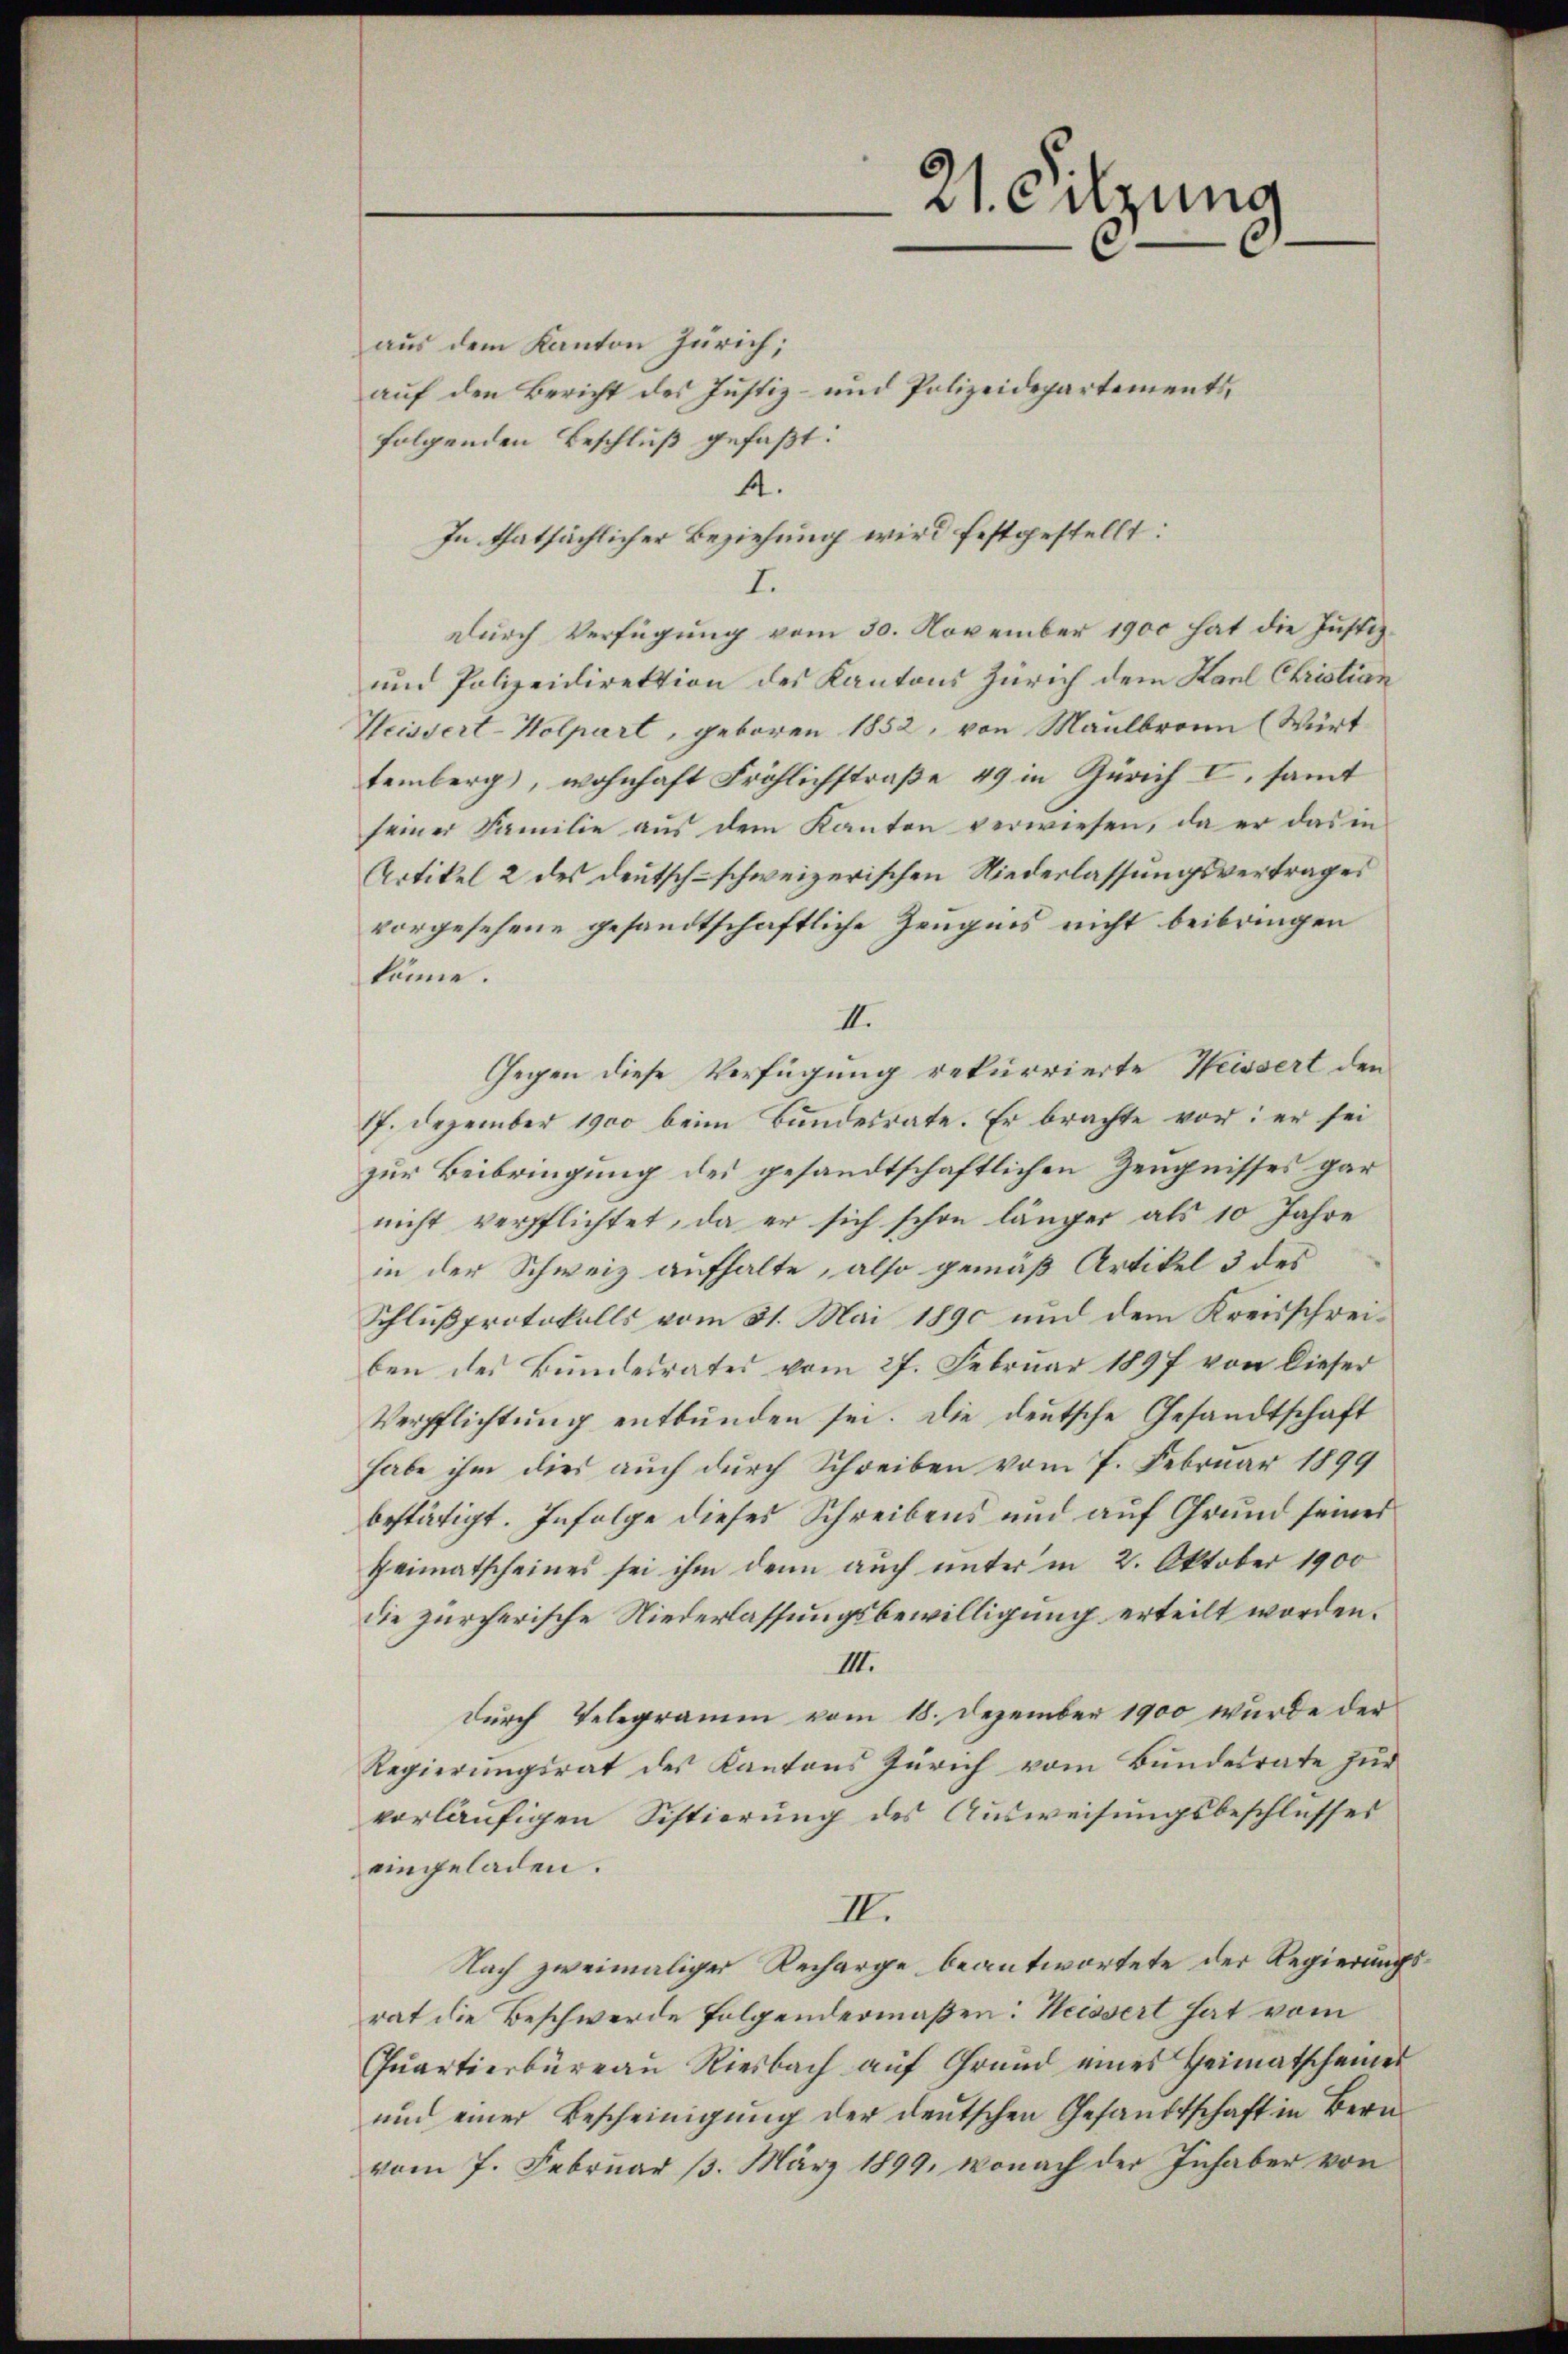
21. Sitzung

aus dem Kanton Zürich;
auf den Bericht des Justiz- und Polizeidepartements,
folgenden Beschluß gefaßt:
4.
In thatsächlicher Beziehung wird festgestellt:
I.
durch Verfügung vom 30. November 1900 hat die Justiz¬
und Polizeidirektion des Kantons Zürich dem Karl Christian
Weissert-Kolpart, geboren 1852, von Maulbronn (Wirt
temberg, wohnhaft Fröhlichstraße 49 in Zürich I. samt
seiner Familie aŭs dem Kanton verwiesen, da er das in
Artikel 2 des deutsch-schweizerischen Niederlassungsvertrages
vorgesehene gesandtschaftliche Zeugnis nicht beibringen
könne.
III.
Gegen diese Verfügung rekurrierte Weissert den
17. Dezember 1900 beim Bundesrate. Er brachte vor: er sei
zur Beibringung des gesandtschaftlichen Zeugnisses gar
nicht verpflichtet, da er sich schon länger als 10 Jahre
in der Schweiz aufhalte, also gemäß Artikel 3 des
Schlußprotokolls vom 31. Mai 1890 und dem Kreisschreiben des Bundesrates vom 27. Februar 1897 von dieser
Verpflichtung entbunden sei. Die deutsche Gesandtschaft
habe ihm dies auch durch Schreiben vom 7. Februar 1899
bestätigt. Infolge dieses Schreibens und auf Grund seines
Heimatscheines sei ihm denn auch unter in 2. Oktober 1900
die zürcherische Niederlassungsbewilligung erteilt worden.
IIII.
durch Telegramm vom 18. Dezember 1900 wurde der
Regierŭngsrat des Kantons Zürich vom Bundesrate zŭr
vorläufigen Sistierung des Ausweisungsbeschlusses
eingeladen.
II.
Nach zweimaliger Recharge beantwortete der Regierungsrat die Beschwerde folgendermaßen: Weissert hat vom
Qŭartierbüreau Riesbach aŭf Grund eines Heimatscheines
und einer Bescheinigung der deutschen Gesandtschaft in Bern
vom 7. Februar 1. März 1899, wonach der Inhaber von